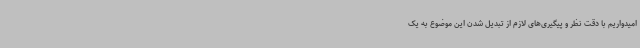
امیدواریم با دقت نظر و پیگیری‌های لازم از تبدیل شدن این موضوع به یک